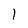
Character: 1